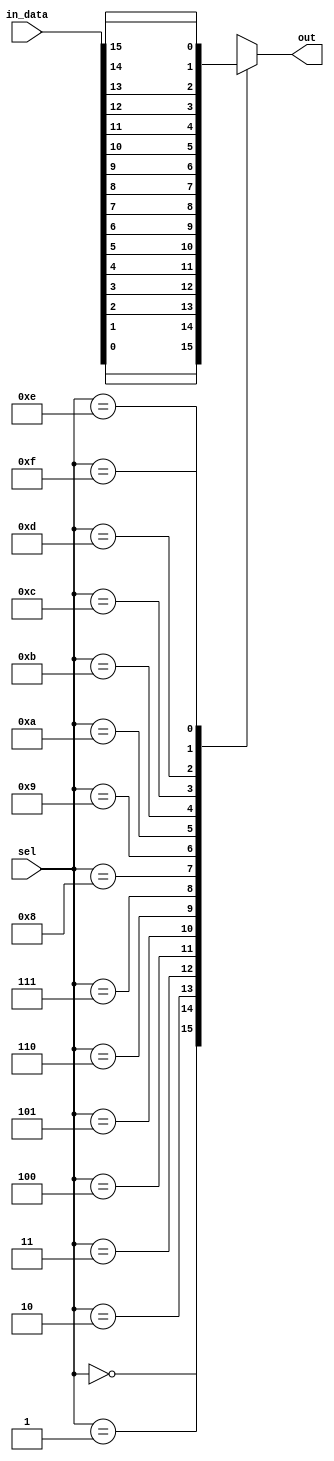
module mux_16to1 (
    input [15:0] in_data,
    input [3:0] sel,
    output reg out
);

always @(*) begin
    case(sel)
        4'b0000: out = in_data[0];
        4'b0001: out = in_data[1];
        4'b0010: out = in_data[2];
        4'b0011: out = in_data[3];
        4'b0100: out = in_data[4];
        4'b0101: out = in_data[5];
        4'b0110: out = in_data[6];
        4'b0111: out = in_data[7];
        4'b1000: out = in_data[8];
        4'b1001: out = in_data[9];
        4'b1010: out = in_data[10];
        4'b1011: out = in_data[11];
        4'b1100: out = in_data[12];
        4'b1101: out = in_data[13];
        4'b1110: out = in_data[14];
        4'b1111: out = in_data[15];
        default: out = 1'b0; //default output when select inputs are out of range
    endcase
end

endmodule